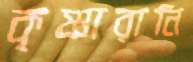
কৃষ্ণারানি